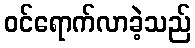
ဝင်ရောက်လာခဲ့သည်